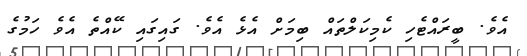
އެވެ. ބީރައްޓެހި ކެމިކަލްތައް ބިމަށް އެޅެ އެވެ. ގައިގައި ކޭއްތެ އެވެ ހަމުގެ